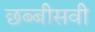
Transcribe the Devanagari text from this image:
छब्बीसवी